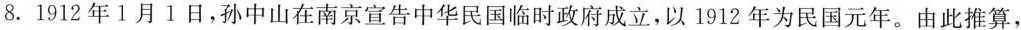
8.1912年1月1日，孙中山在南京宣告中华民国临时政府成立，以1912年为民国元年。由此推算，